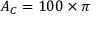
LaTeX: A _ { C } = 1 0 0 \times \pi